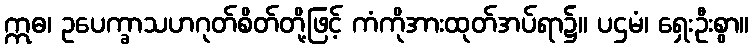
ဣဓ၊ ဥပေက္ခာသဟဂုတ်စိတ်တို့ဖြင့် ကံကိုအားထုတ်အပ်ရာ၌။ ပဌမံ၊ ရှေးဦးစွာ။